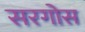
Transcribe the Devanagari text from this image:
सरगोस